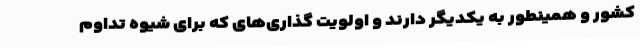
کشور و همینطور به یکدیگر دارند و اولویت گذاری‌های که برای شیوه تداوم